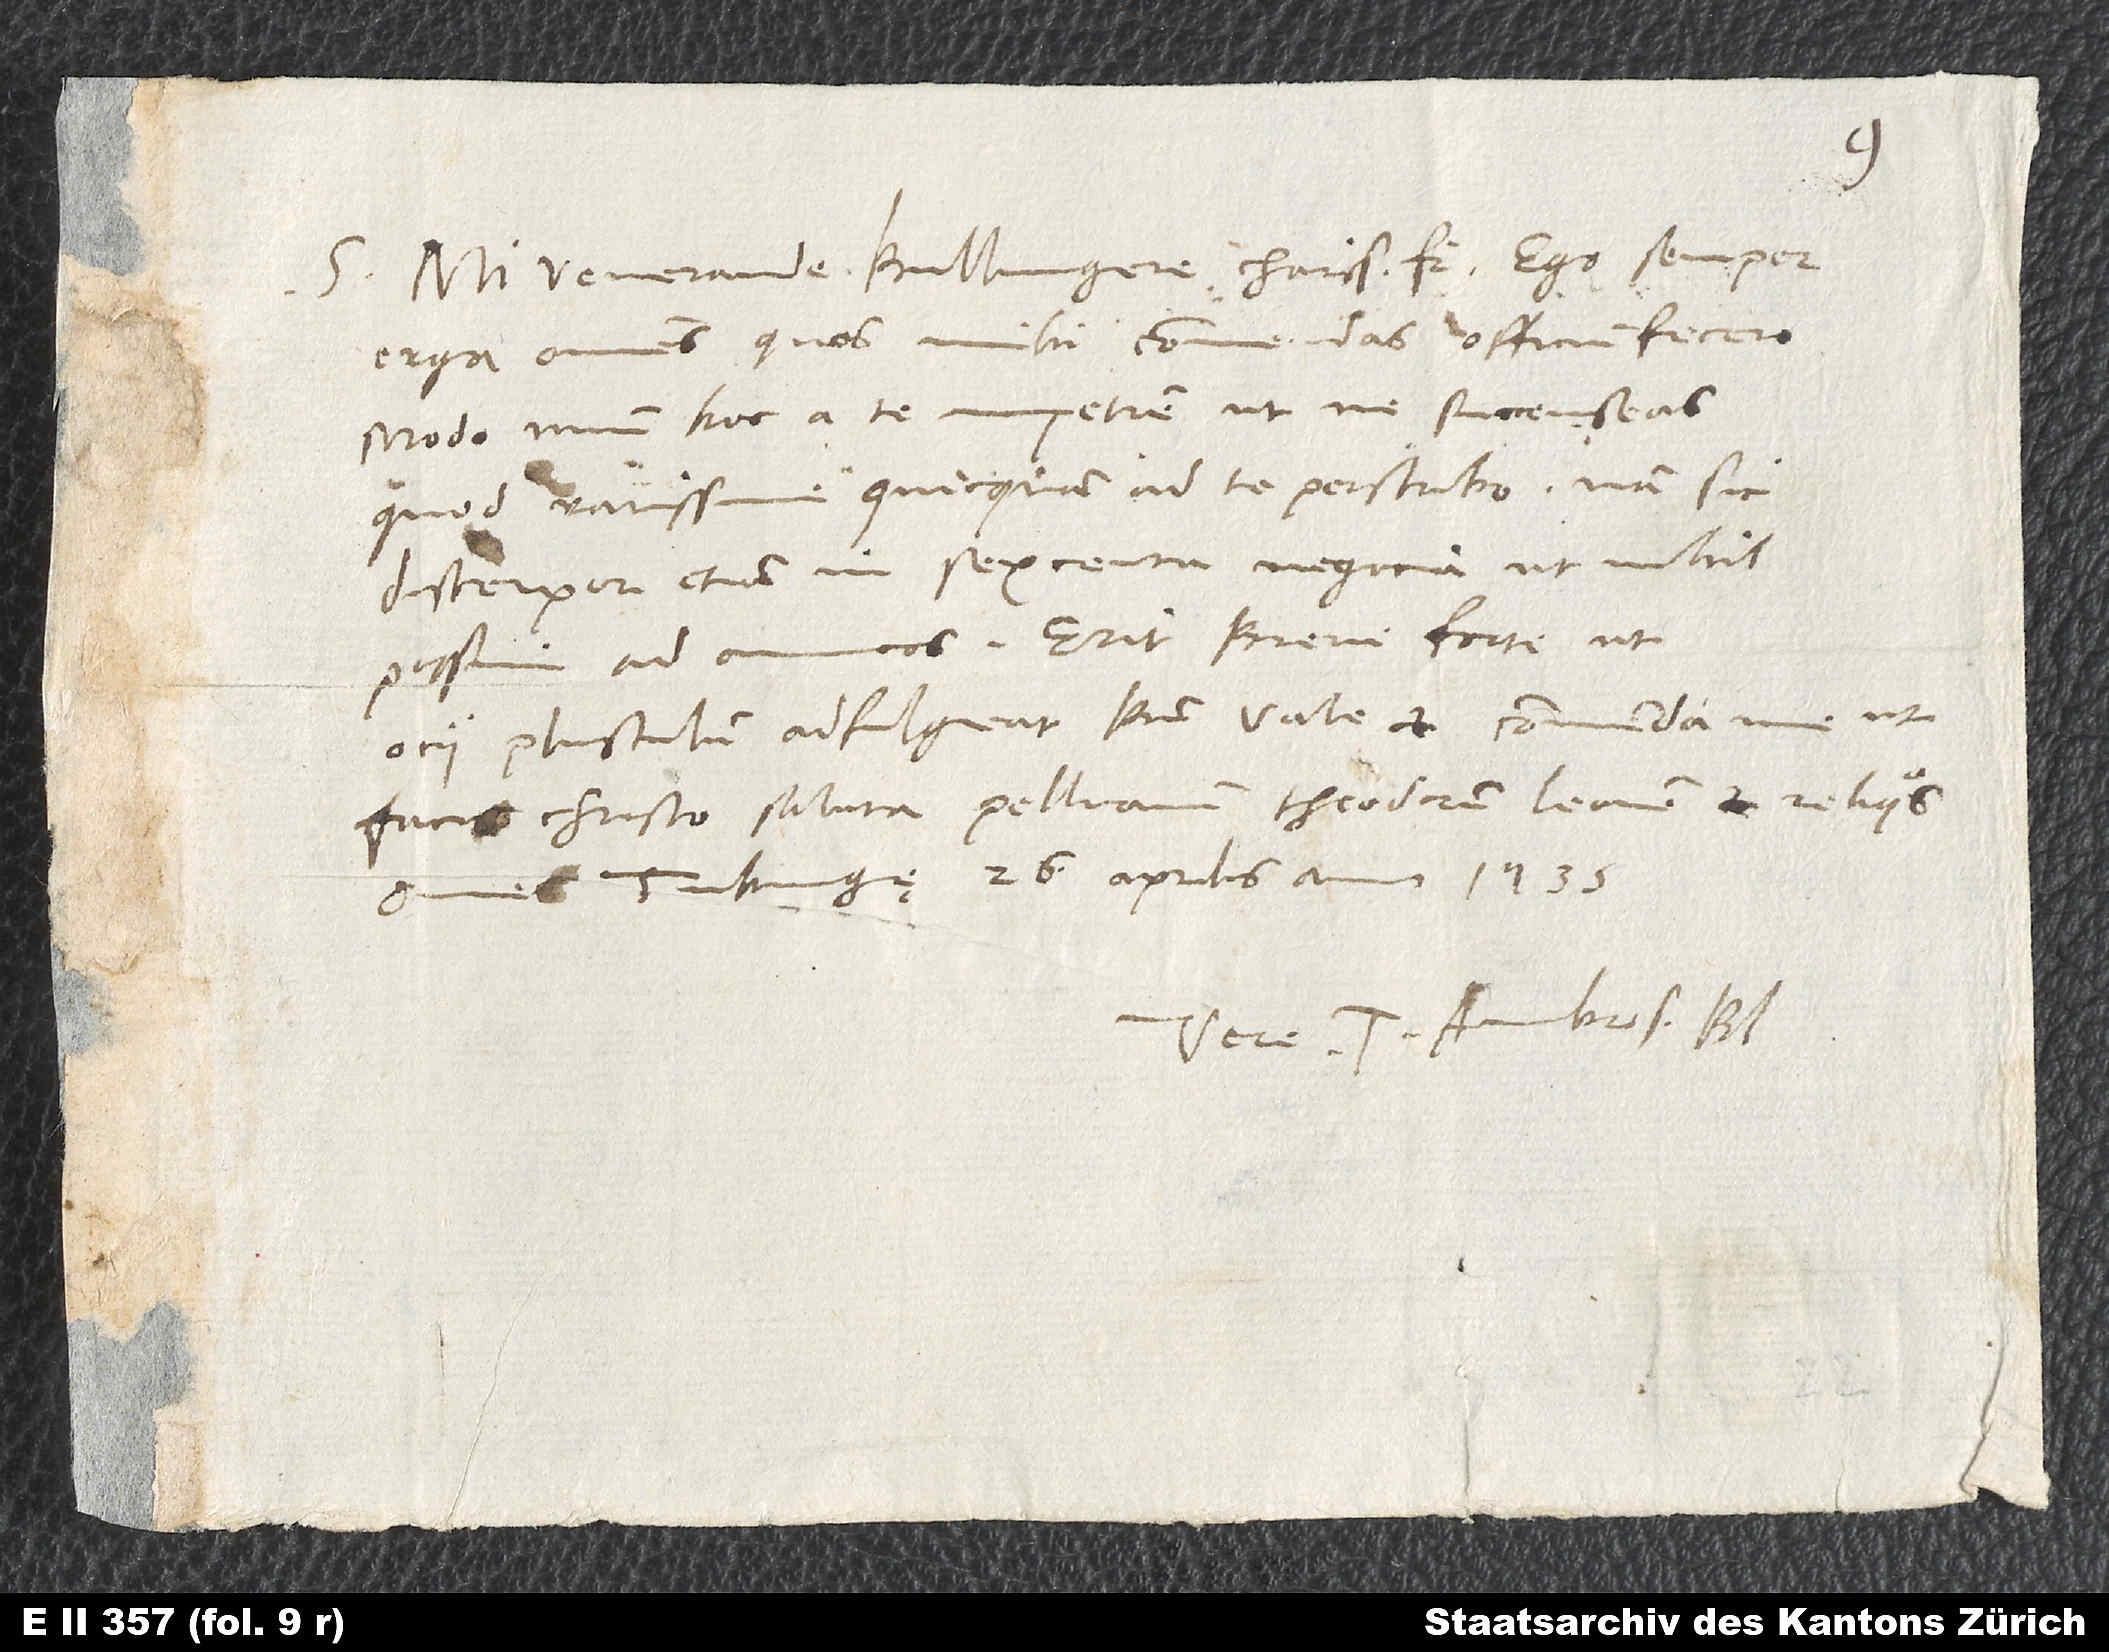
S.
Mi venerande Bullingere, charissime frater, ego semper
erga omnes, quos mihi commendas, officium fecero,
modo unum hoc a te impetrem, ut ne succenseas,
quod rarissime quicquam ad te perscribo; nam sic
discerpor etiam in sexcenta negocia, ut nihil
possim ad amicos. Erit brevi forte, ut
facis, Christo. Saluta Pellicanum, Theodorum, Leonem et reliquos
Tubingę, 26. aprilis anno 1535.
Vere tuus Ambros.